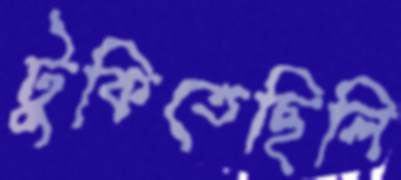
টুকিতেছিলি